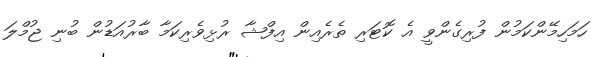
ހަމަހިމޭންކަމުން ފުރިގެންވީ އެ ކޮޓަރި ތެރެއިން އިފްޝާ ރުޅިވެރިކަމާ ބާރުއަޑުން ބުނި ޖުމްލަ